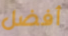
أفضل